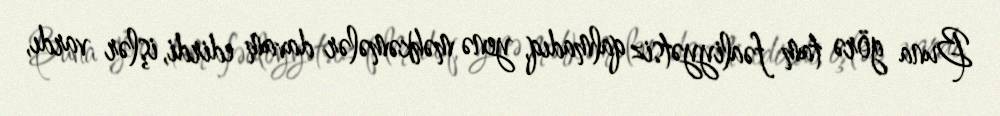
Buna görə tam fəaliyyətsiz qalmadıq, yenə məhkəmələr davam edirdi, işlər vardı,